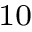
_ { 1 0 }